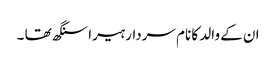
ان کے والد کا نام سردار ہیرا سنگھ تھا ۔